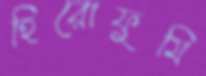
হিরোফুমি